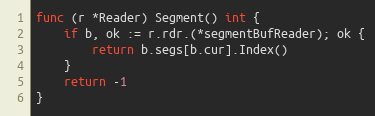
Language: Go
func (r *Reader) Segment() int {
	if b, ok := r.rdr.(*segmentBufReader); ok {
		return b.segs[b.cur].Index()
	}
	return -1
}